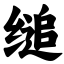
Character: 缒